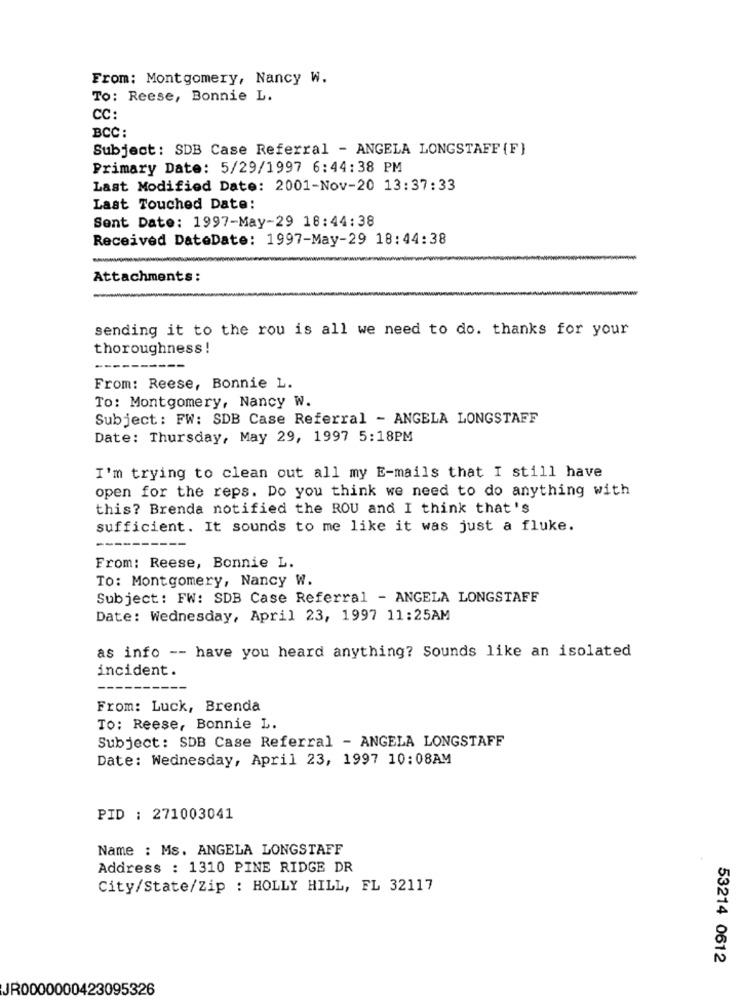
From: Montgomery, Nancy W.
To: Reese, Bonnie L.
CC:
BCC:
Subject: SDB Case Referral - ANGELA LONGSTAFF {F}
Primary Date: 5/29/1997 6:44:38 PM
Last Modified Date: 2001-Nov-20 13:37:33
Last Touched Date:
Sent Date: 1997-May-29 18:44:38
Received DateDate: 1997-May-29 18:44:38
Attachments:
sending it to the rou is all we need to do. thanks for your
thoroughness !
From: Reese, Bonnie L.
To: Montgomery, Nancy W.
Subject: FW: SDB Case Referral - ANGELA LONGSTAFF
Date: Thursday, May 29, 1997 5:18PM
I'm trying to clean out all my E-mails that I still have
open for the reps. Do you think we need to do anything with
this? Brenda notified the ROU and I think that's
sufficient. It sounds to me like it was just a fluke.
From: Reese, Bonnie L.
TO: Montgomery, Nancy W.
Subject: FW: SDB Case Referral - ANGELA LONGSTAFF
Date: Wednesday, April 23, 1997 11:25AM
as info -- have you heard anything? Sounds like an isolated
incident.
From: Luck, Brenda
TO: Reese, Bonnie L.
Subject: SDB Case Referral - ANGELA LONGSTAFF
Date: Wednesday, April 23, 1997 10:08AM
PID : 271003041
Name : Ms. ANGELA LONGSTAFF
Address : 1310 PINE RIDGE DR
City/State/Zip : HOLLY HILL, FL 32117
53214 0612
JR0000000423095326